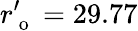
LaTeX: r_{\mathrm{~o~}}^{\prime}=29.77